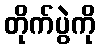
တိုက်ပွဲကို